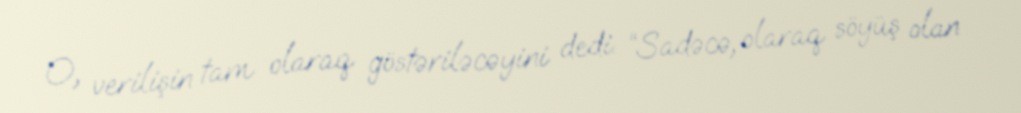
O, verilişin tam olaraq göstəriləcəyini dedi: “Sadəcə, olaraq söyüş olan